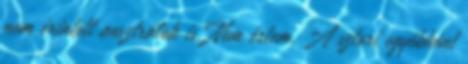
nem érintett ausztrálok is. Nem értem. A sztori egyébként